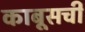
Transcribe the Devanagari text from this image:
काबूसची